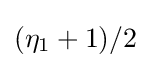
(\eta _{1}+1)/2